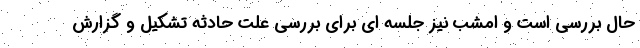
حال بررسی است و امشب نیز جلسه ای برای بررسی علت حادثه تشکیل و گزارش